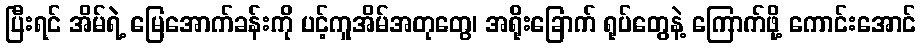
ပြီးရင် အိမ်ရဲ့ မြေအောက်ခန်းကို ပင့်ကူအိမ်အတုတွေ၊ အရိုးခြောက် ရုပ်တွေနဲ့ ကြောက်ဖို့ ကောင်းအောင်